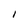
Character: I